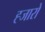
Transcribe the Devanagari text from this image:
ह्जारो